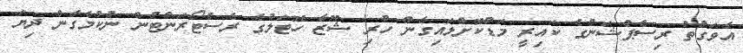
އެވަގުތު ރިސެޕްޝަންގެ ކައިރީ މަޑުކޮށްލައިގެން ހުރި ޝޫޒާ ހޮޓަލުގެ ރެސްޓޯރަންޓުން ނުކުމެގެން ދިޔަ